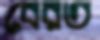
বেরত